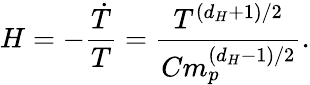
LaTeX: H=-\frac{\dot{T}}{T}=\frac{T^{(d_{H}+1)/2}}{Cm_{p}^{(d_{H}-1)/2}}.